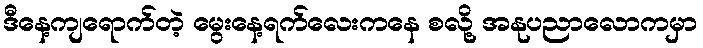
ဒီနေ့ကျရောက်တဲ့ မွေးနေ့ရက်လေးကနေ စလို့ အနုပညာလောကမှာ